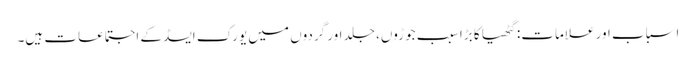
اسباب اور علامات: گٹھیا کا بڑا سبب جوڑوں، جلد اور گردوں میں یورک ایسڈ کے اجتماعات ہیں۔